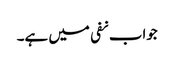
جواب نفی میں ہے۔